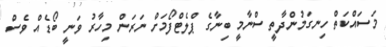
މަސައްކަތް ހިނގަމުންދާތީ ސްނާމީ ބިނާގެ ޕްލެޓްފޯމަށް ނަރަން މިހާރު ވަނީ ބޯޑެއް ވެސް